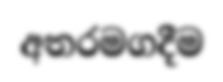
අතරමගදීම